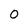
Character: 0